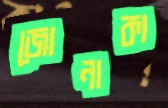
জোনাকা